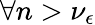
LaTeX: \forall n>\nu_{\epsilon}